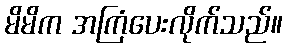
မိမိက အကြံပေးလိုက်သည်။